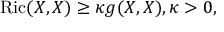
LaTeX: \operatorname { R i c } ( X , X ) \geq \kappa g ( X , X ) , \kappa > 0 ,